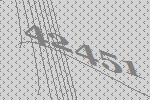
42451